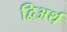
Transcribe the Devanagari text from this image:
द्विअर्थ